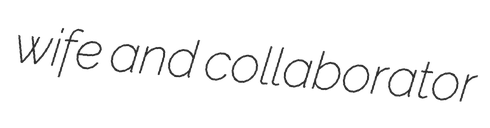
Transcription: wife and collaborator